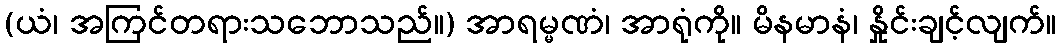
(ယံ၊ အကြင်တရားသဘောသည်။) အာရမ္မဏံ၊ အာရုံကို။ မိနမာနံ၊ နှိုင်းချင့်လျက်။